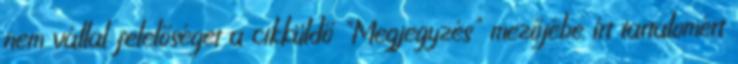
nem vállal felelőséget a cikküldő "Megjegyzés" mezőjébe írt tartalomért